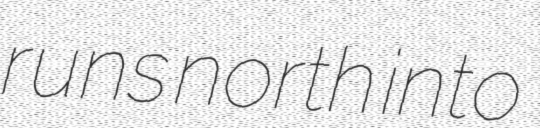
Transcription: runs north into